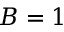
B = 1